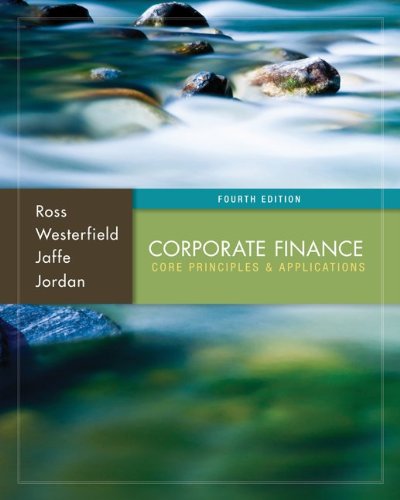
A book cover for Corporate Finance: Core Principles and Applications (McGraw-Hill/Irwin Series in Finance, Insurance, and Real Est); Stephen Ross; Business & Money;